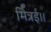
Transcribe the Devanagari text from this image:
मित्रई।।